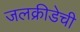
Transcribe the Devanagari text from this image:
जलक्रीडेची